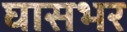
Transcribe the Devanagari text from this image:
घासभर